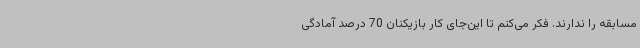
مسابقه را ندارند. فکر می‌کنم تا این‌جای کار بازیکنان 70 درصد آمادگی